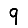
Digit: 9